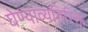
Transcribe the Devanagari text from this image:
घेण्याव्यतिरिक्त